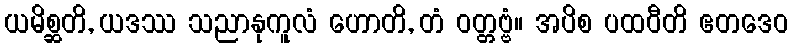
ယမိစ္ဆတိ, ယဒဿ သညာနုကူလံ ဟောတိ, တံ ဝတ္တဗ္ဗံ။ အပိစ ပထဝီတိ ဧတဒေဝ